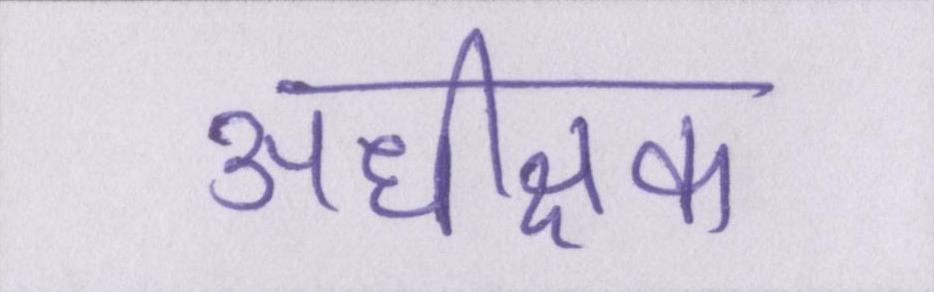
अधीक्षक